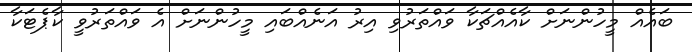
ބައެއް މީހުންނަށް ކާއެއްޗަކާ ވައްތަރުވި އިރު އަނެއްބައި މީހުންނަށް އެ ވައްތަރުވީ ކާޕެޓަކާ